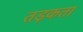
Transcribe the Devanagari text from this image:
तड़कता